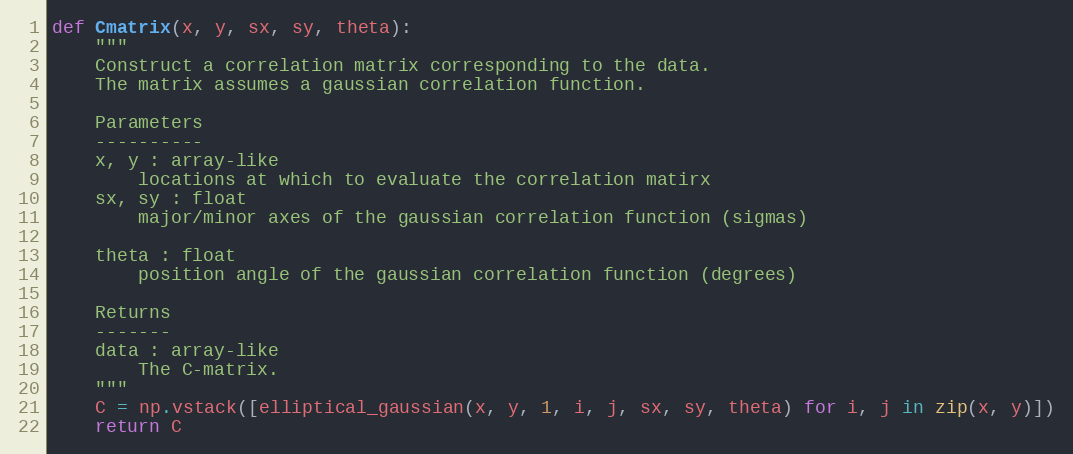
Language: Python
def Cmatrix(x, y, sx, sy, theta):
    """
    Construct a correlation matrix corresponding to the data.
    The matrix assumes a gaussian correlation function.

    Parameters
    ----------
    x, y : array-like
        locations at which to evaluate the correlation matirx
    sx, sy : float
        major/minor axes of the gaussian correlation function (sigmas)

    theta : float
        position angle of the gaussian correlation function (degrees)

    Returns
    -------
    data : array-like
        The C-matrix.
    """
    C = np.vstack([elliptical_gaussian(x, y, 1, i, j, sx, sy, theta) for i, j in zip(x, y)])
    return C